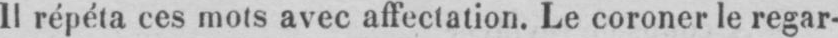
Il répéta ces mots avec affectation. Le coroner le regar-